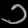
Digit: ၁